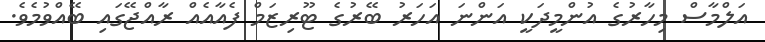
އަލްމާސް މިހާރުގެ އުންމީދަކީ އަންނަ އަހަރު ބޭރުގެ ޓޫރިޒަމް ފެއާއެއް ރާއްޖޭގައި ބޭއްވުމެވެ.